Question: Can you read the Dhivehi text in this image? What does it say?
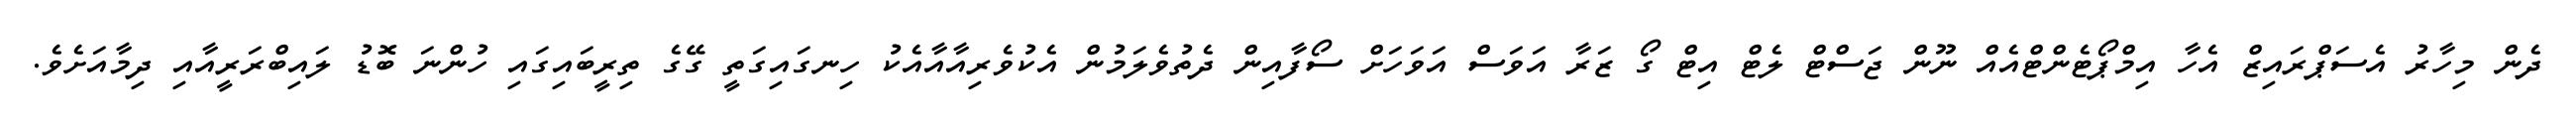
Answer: ދެން މިހާރު އެސަޕްރައިޒް އެހާ އިމްޕޯޓެންޓްއެއް ނޫން ޖަސްޓް ލެޓް އިޓް ގޯ ޒަރާ އަވަސް އަވަހަށް ސޯފާއިން ދެތުވެލަމުން އެކުވެރިއާއާއެކު ހިނގައިގަތީ ގޭގެ ތިރީބައިގައި ހުންނަ ބޮޑު ލައިބްރަރީއާއި ދިމާއަށެވެ.